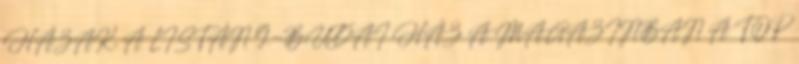
HÁZAK, A LISTÁN 9.-BUDAI HÁZ A MAGAZINBAN A TOP